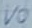
Text: VO